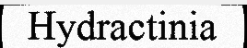
Hydractinia